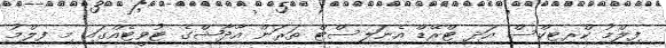
ފިލްމު ކްރިޓިކްސް އަދި ޓްރޭޑް އެނަލިސްޓް ތަރަން އާދާޝްގެ ޓުވީޓެއްގައި މި ފިލްމު